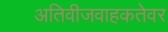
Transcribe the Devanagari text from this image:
अतिवीजवाहकतेवर